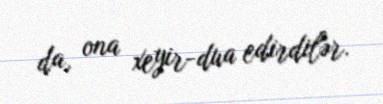
da, ona xeyir-dua edirdilər.